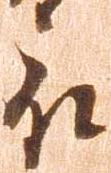
被